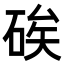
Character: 𥒲